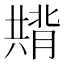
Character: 𭁚